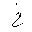
Letter: _kha